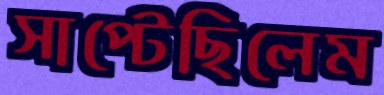
সাপ্‌টেছিলেম